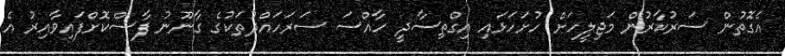
އެގޮތުން ސަރުކާރުން މަޖިލީހަށް ހުށަހަޅައި އިގްތިސާދީ ހާއްސަ ސަރަހައްދުތަކުގެ ގާނޫނު ފާސްކޮށްފައިވާއިރު އެ